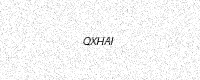
Text: QXHAI